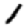
Digit: 1